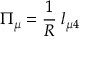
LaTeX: \Pi _ { \mu } = \frac { 1 } { R } \; l _ { \mu 4 }